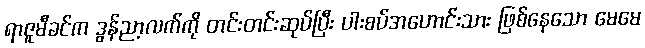
ရာဇူမီခင်က ဒွန်ညာ့လက်ကို တင်းတင်းဆုပ်ပြီး ပါးစပ်အဟောင်းသား ဖြစ်နေသော မေမေ